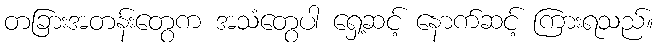
တခြားအတန်းတွေက အသံတွေပါ ရှေ့ဆင့် နောက်ဆင့် ကြားရသည်။